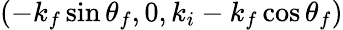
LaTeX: (-k_{f}\sin\theta_{f},0,k_{i}-k_{f}\cos\theta_{f})